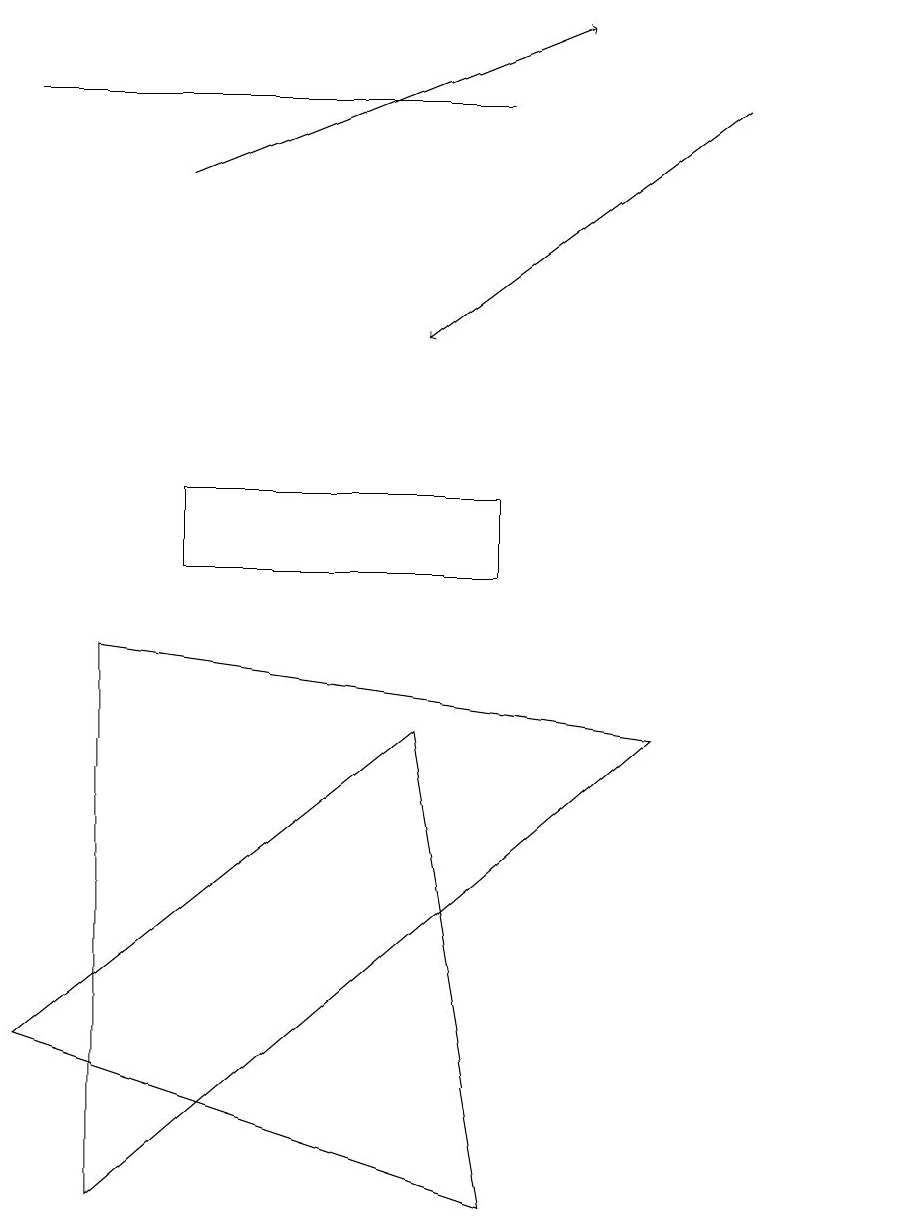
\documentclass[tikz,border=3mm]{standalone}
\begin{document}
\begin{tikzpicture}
\draw (1,9) -- (1,2) -- (8,8) -- cycle;
\draw (6,11) rectangle (2,10);
\draw[->] (9,16) -- (5,13);
\draw (6,16) rectangle (0,16);
\draw (11,11) circle (0);
\draw[->] (2,15) -- (7,17);
\draw (5,8) -- (0,4) -- (6,2) -- cycle;
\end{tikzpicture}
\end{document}